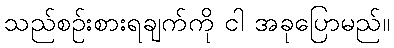
သည်စဉ်းစားရချက်ကို ငါ အခုပြောမည်။